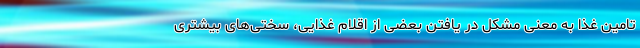
تامین غذا به معنی مشکل در یافتن بعضی از اقلام غذایی، سختی‌های بیشتری